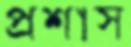
প্রশাস